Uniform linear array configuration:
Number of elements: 32
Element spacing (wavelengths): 0.75
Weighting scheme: uniform
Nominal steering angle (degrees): -15
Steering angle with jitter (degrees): -16.403
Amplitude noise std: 0.05
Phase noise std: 0.05

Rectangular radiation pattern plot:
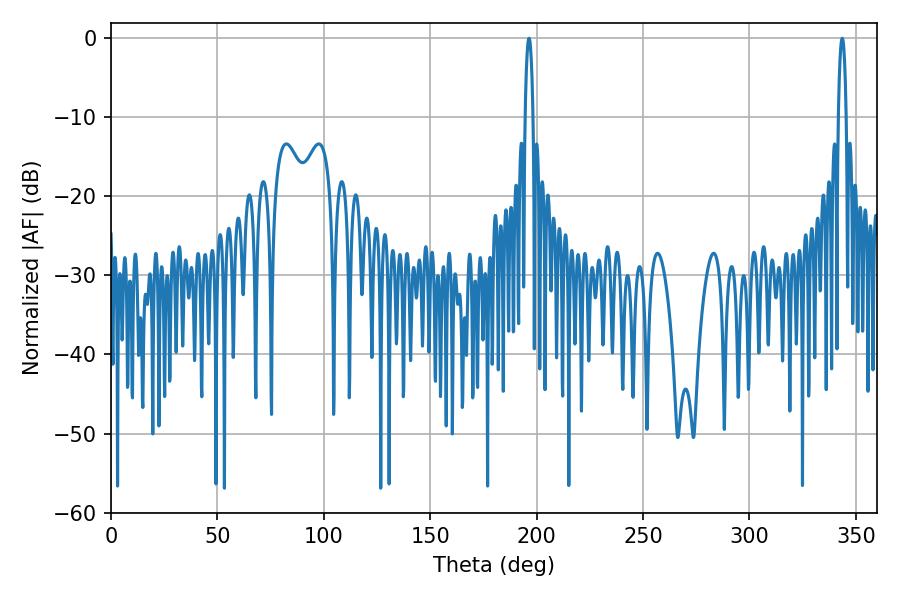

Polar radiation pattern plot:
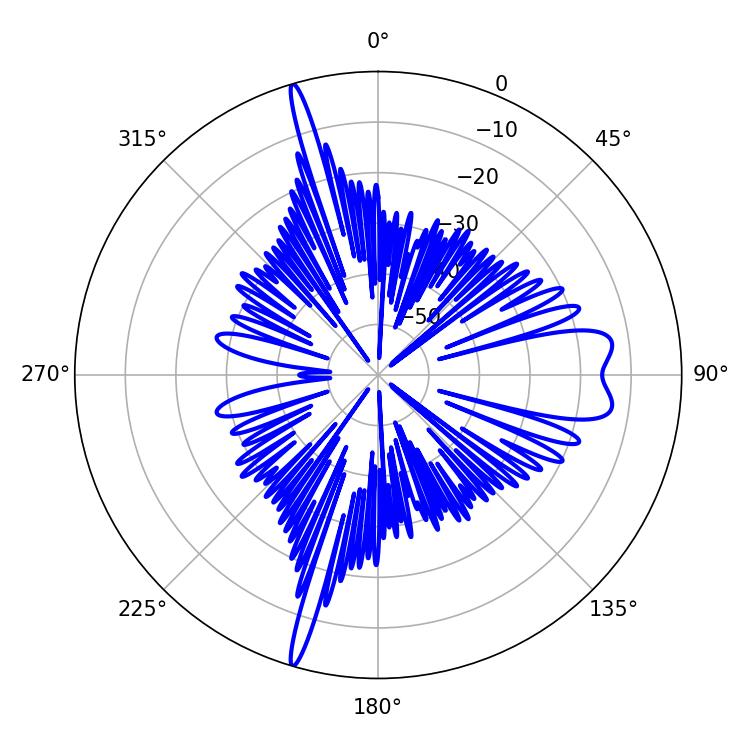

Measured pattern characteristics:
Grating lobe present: TRUE
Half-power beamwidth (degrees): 1.98
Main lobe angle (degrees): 196.38